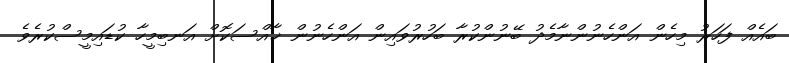
ބައެއް ފަހަރު މިހެން އަންހެނުންނާމެދު ބޭނުންކުރާ ބަހުރުވައިން އަންހެނުން ޚާއްސަކޮށް އަނބިމީހާ ކުޑައިމީސްކުރެވެ